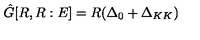
\hat { G } [ R , R : E ] = R ( \Delta _ { 0 } + \Delta _ { K K } )